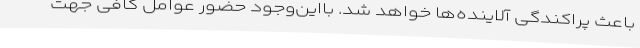
باعث پراکندگی آلاینده‌ها خواهد شد. بااین‌وجود حضور عوامل کافی جهت